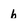
Character: b